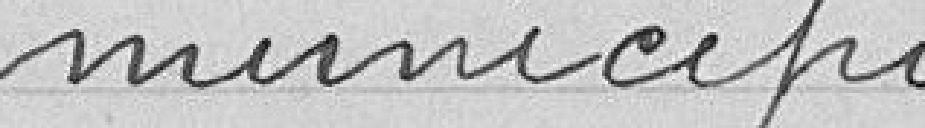
municipaux